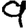
Digit: 9